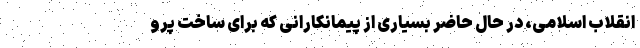
انقلاب اسلامی، در حال حاضر بسیاری از پیمانکارانی که برای ساخت پرو